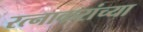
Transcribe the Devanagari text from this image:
रत्नाकरांच्या